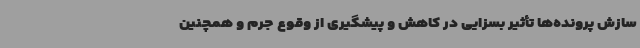
سازش پرونده‌ها تأثیر بسزایی در کاهش و پیشگیری از وقوع جرم و همچنین